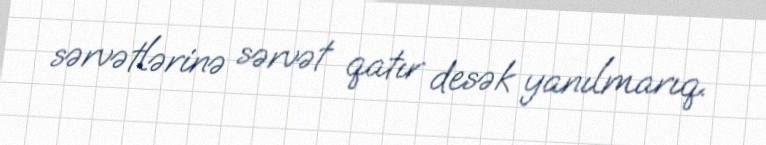
sərvətlərinə sərvət qatır desək yanılmarıq.